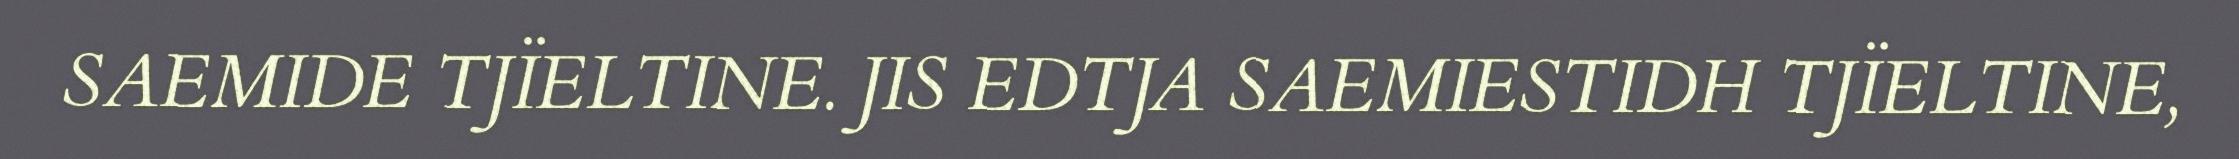
SAEMIDE TJÏELTINE. JIS EDTJA SAEMIESTIDH TJÏELTINE,